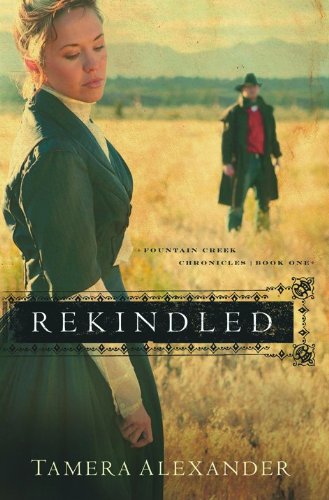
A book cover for Rekindled (Fountain Creek Chronicles, Book 1); Tamera Alexander; Romance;